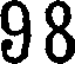
98